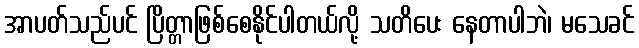
အာပတ်သည်ပင် ပြိတ္တာဖြစ်စေနိုင်ပါတယ်လို့ သတိပေး နေတာပါဘဲ၊ မသေခင်